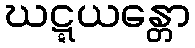
ဃဋ္ဋယန္တော